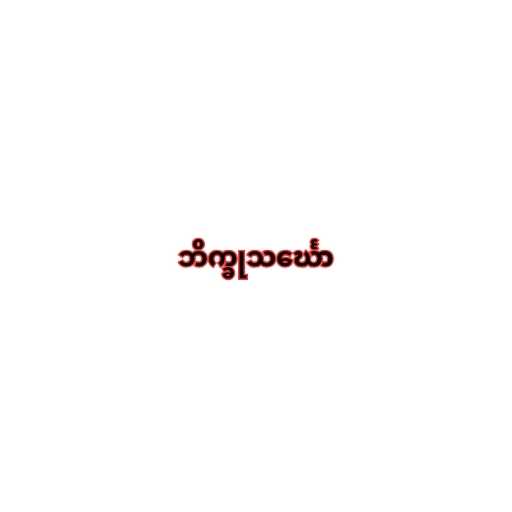
ဘိက္ခုသင်္ဃော